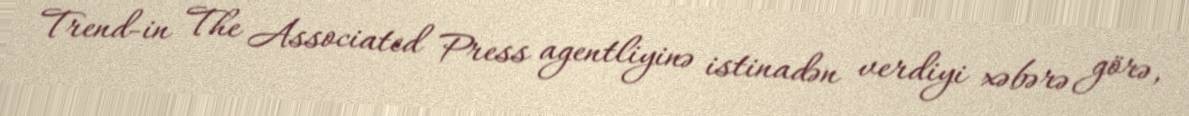
Trend-in The Associated Press agentliyinə istinadən verdiyi xəbərə görə,